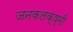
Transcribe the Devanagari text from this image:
जनकलक्ष्मी